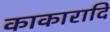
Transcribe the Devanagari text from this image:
काकारादि